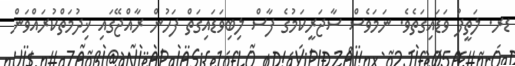
ޑރ. ލަތީފު ވަޑައިގަތެވެ. ނަމަވެސް ސާޖަރީކަމުގެ ފާސް ލިބިވަޑައިގަތް ފަހުން ރާއްޖޭގައި ޚިދުމަތްކުރައްވަން